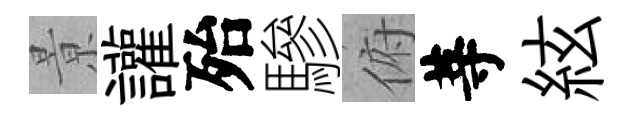
㬌讙殆驂俯䓁絃